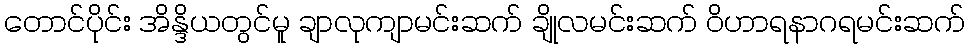
တောင်ပိုင်း အိန္ဒိယတွင်မူ ချာလုကျာမင်းဆက် ချိုလမင်းဆက် ဝိဟာရနာဂရမင်းဆက်